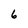
Character: 6